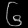
Digit: ၆